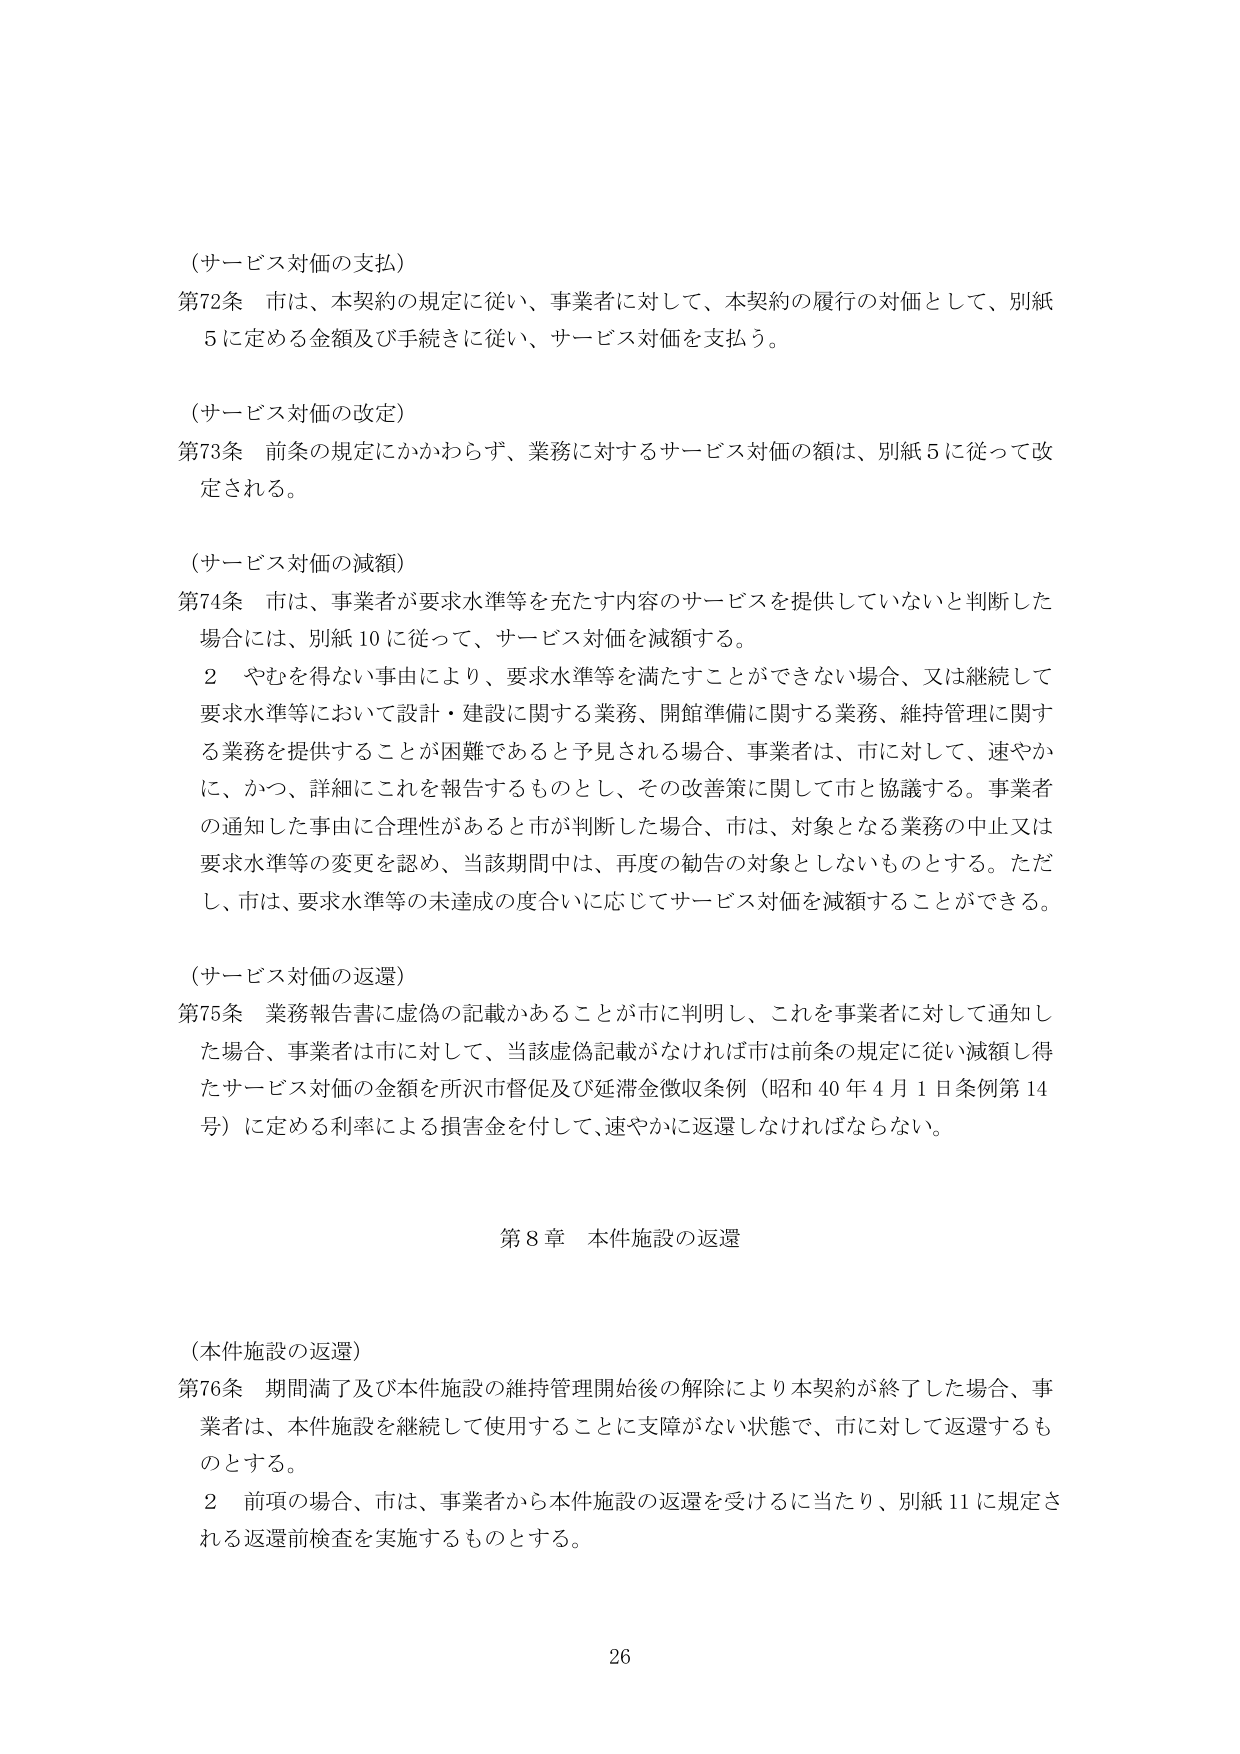
（サービス対価の支払）
第72条 市は、本契約の規定に従い、事業者に対して、本契約の履行の対価として、別紙5に定める金額及び手続きに従い、サービス対価を支払う。

（サービス対価の改定）
第73条 前条の規定にかかわらず、業務に対するサービス対価の額は、別紙5に従って改定される。

（サービス対価の減額）
第74条 市は、事業者が要求水準等を充たす内容のサービスを提供していないと判断した場合には、別紙10に従って、サービス対価を減額する。
　　2 やむを得ない事由により、要求水準等を満たすことができない場合、又は継続して要求水準等において設計・建設に関する業務、開館準備に関する業務、維持管理に関する業務を提供することが困難であると予見される場合、事業者は、市に対して、速やかに、かつ、詳細にこれを報告するものとし、その改善策に関して市と協議する。事業者の通知した事由に合理性があると市が判断した場合、市は、対象となる業務の中止又は要求水準等の変更を認め、当該期間中は、再度の勧告の対象としないものとする。ただし、市は、要求水準等の未達成の度合いに応じてサービス対価を減額することができる。

（サービス対価の返還）
第75条 業務報告書に虚偽の記載があることが市に判明し、これを事業者に対して通知した場合、事業者は市に対して、当該虚偽記載がなければ市は前条の規定に従い減額し得たサービス対価の金額を所沢市督促及び延滞金徴収条例（昭和40年4月1日条例第14号）に定める利率による損害金を付して、速やかに返還しなければならない。

第8章 本件施設の返還

（本件施設の返還）
第76条 期間満了及び本件施設の維持管理開始後の解除により本契約が終了した場合、事業者は、本件施設を継続して使用することに支障がない状態で、市に対して返還するものとする。
　　2 前項の場合、市は、事業者から本件施設の返還を受けるに当たり、別紙11に規定される返還前検査を実施するものとする。

26